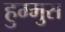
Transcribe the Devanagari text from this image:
हुम्मुस